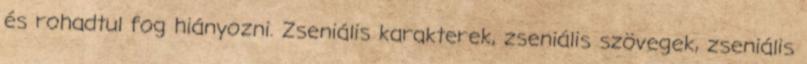
és rohadtul fog hiányozni. Zseniális karakterek, zseniális szövegek, zseniális